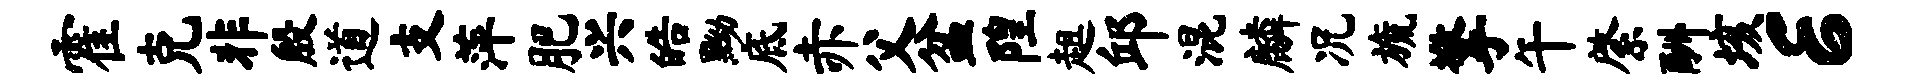
霍克非殷道支萍肥兴皓黝底赤父盆隍趄邱混麟况旒擎午綮酬垓E